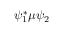
\psi _ { 1 } ^ { * } \mu \psi _ { 2 }